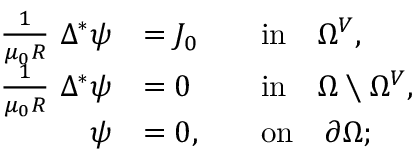
\begin{array} { r l r l } { \frac { 1 } { \mu _ { 0 } R } ~ \Delta ^ { * } \psi } & { = J _ { 0 } } & & { \mathrm { i n } \quad \Omega ^ { V } , } \\ { \frac { 1 } { \mu _ { 0 } R } ~ \Delta ^ { * } \psi } & { = 0 } & & { \mathrm { i n } \quad \Omega \setminus \Omega ^ { V } , } \\ { \psi } & { = 0 , } & & { \mathrm { o n } \quad \partial \Omega ; } \end{array}